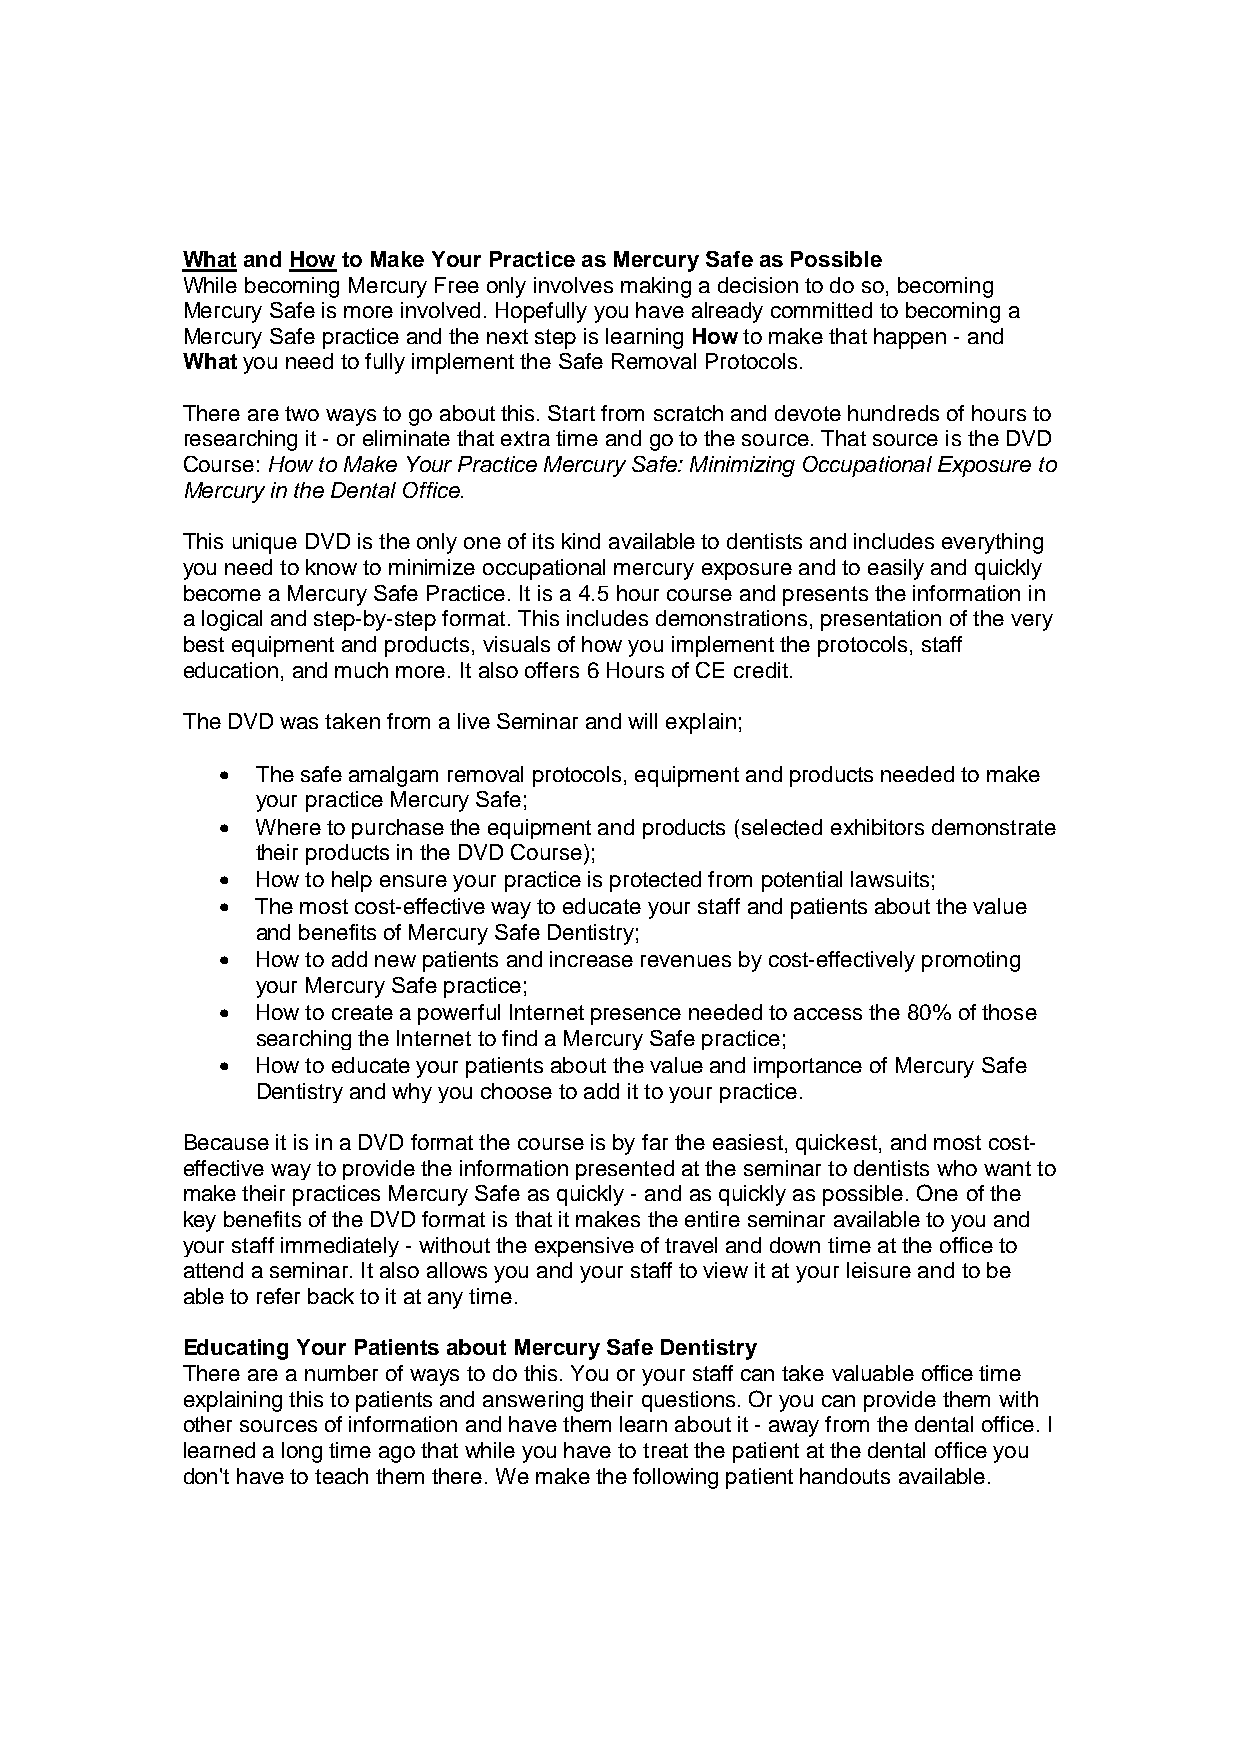
What and How to Make Your Practice as Mercury Safe as Possible
 While becoming Mercury Free only involves making a decision to do so, becoming
 Mercury Safe is more involved. Hopefully you have already committed to becoming a
 Mercury Safe practice and the next step is learning How to make that happen - and
 What you need to fully implement the Safe Removal Protocols.
 There are two ways to go about this. Start from scratch and devote hundreds of hours to
 researching it - or eliminate that extra time and go to the source. That source is the DVD
 Course: How to Make Your Practice Mercury Safe: Minimizing Occupational Exposure to
 Mercury in the Dental Office.
 This unique DVD is the only one of its kind available to dentists and includes everything
 you need to know to minimize occupational mercury exposure and to easily and quickly
 become a Mercury Safe Practice. It is a 4.5 hour course and presents the information in
 a logical and step-by-step format. This includes demonstrations, presentation of the very
 best equipment and products, visuals of how you implement the protocols, staff
 education, and much more. It also offers 6 Hours of CE credit.
 The DVD was taken from a live Seminar and will explain;
 •  The safe amalgam removal protocols, equipment and products needed to make
 your practice Mercury Safe;
 •  Where to purchase the equipment and products (selected exhibitors demonstrate
 their products in the DVD Course);
 •  How to help ensure your practice is protected from potential lawsuits;
 •  The most cost-effective way to educate your staff and patients about the value
 and benefits of Mercury Safe Dentistry;
 •  How to add new patients and increase revenues by cost-effectively promoting
 your Mercury Safe practice;
 •  How to create a powerful Internet presence needed to access the 80% of those
 searching the Internet to find a Mercury Safe practice;
 •  How to educate your patients about the value and importance of Mercury Safe
 Dentistry and why you choose to add it to your practice.
 Because it is in a DVD format the course is by far the easiest, quickest, and most cost-
 effective way to provide the information presented at the seminar to dentists who want to
 make their practices Mercury Safe as quickly - and as quickly as possible. One of the
 key benefits of the DVD format is that it makes the entire seminar available to you and
 your staff immediately - without the expensive of travel and down time at the office to
 attend a seminar. It also allows you and your staff to view it at your leisure and to be
 able to refer back to it at any time.
 Educating Your Patients about Mercury Safe Dentistry
 There are a number of ways to do this. You or your staff can take valuable office time
 explaining this to patients and answering their questions. Or you can provide them with
 other sources of information and have them learn about it - away from the dental office. I
 learned a long time ago that while you have to treat the patient at the dental office you
 don't have to teach them there. We make the following patient handouts available.